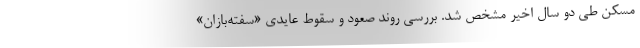
مسکن طی دو سال اخیر مشخص شد. بررسی روند صعود و سقوط عایدی «سفته‌بازان»